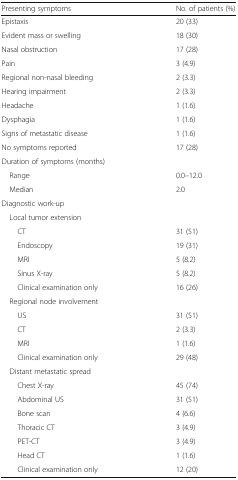
<table><thead><tr><td><b>Presenting symptoms</b></td><td><b>No. of patients (%)</b></td></tr></thead><tbody><tr><td>Epistaxis</td><td>20 (33)</td></tr><tr><td>Evident mass or swelling</td><td>18 (30)</td></tr><tr><td>Nasal obstruction</td><td>17 (28)</td></tr><tr><td>Pain</td><td>3 (4.9)</td></tr><tr><td>Regional non-nasal bleeding</td><td>2 (3.3)</td></tr><tr><td>Hearing impairment</td><td>2 (3.3)</td></tr><tr><td>Headache</td><td>1 (1.6)</td></tr><tr><td>Dysphagia</td><td>1 (1.6)</td></tr><tr><td>Signs of metastatic disease</td><td>1 (1.6)</td></tr><tr><td>No symptoms reported</td><td>17 (28)</td></tr><tr><td colspan="2">Duration of symptoms (months)</td></tr><tr><td> Range</td><td>0.0–12.0</td></tr><tr><td> Median</td><td>2.0</td></tr><tr><td>Diagnostic work-up</td><td></td></tr><tr><td> Local tumor extension</td><td></td></tr><tr><td>CT</td><td>31 (51)</td></tr><tr><td>Endoscopy</td><td>19 (31)</td></tr><tr><td>MRI</td><td>5 (8.2)</td></tr><tr><td>Sinus X-ray</td><td>5 (8.2)</td></tr><tr><td>Clinical examination only</td><td>16 (26)</td></tr><tr><td> Regional node involvement</td><td></td></tr><tr><td>US</td><td>31 (51)</td></tr><tr><td>CT</td><td>2 (3.3)</td></tr><tr><td>MRI</td><td>1 (1.6)</td></tr><tr><td>Clinical examination only</td><td>29 (48)</td></tr><tr><td> Distant metastatic spread</td><td></td></tr><tr><td>Chest X-ray</td><td>45 (74)</td></tr><tr><td>Abdominal US</td><td>31 (51)</td></tr><tr><td>Bone scan</td><td>4 (6.6)</td></tr><tr><td>Thoracic CT</td><td>3 (4.9)</td></tr><tr><td>PET-CT</td><td>3 (4.9)</td></tr><tr><td>Head CT</td><td>1 (1.6)</td></tr><tr><td>Clinical examination only</td><td>12 (20)</td></tr></tbody></table>